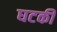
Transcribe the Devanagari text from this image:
घटकी